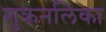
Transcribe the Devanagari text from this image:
शुक्रनलिका